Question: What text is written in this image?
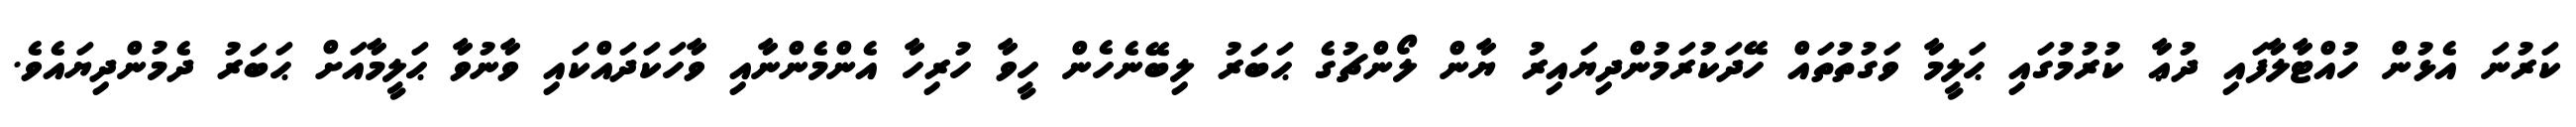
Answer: ކަރުނަ އެޅުން ހުއްޓާލާފައި ދުޢާ ކުރުމުގައި ޙަލީމާ ވަގުތުތައް ހޭދަކުރަމުންދިޔައިރު ޔާން ލޯންޗުގެ ޙަބަރު ލިބޭނެހެން ހީވާ ހުރިހާ އެންމެންނާއި ވާހަކަދައްކައި ވާނުވާ ޙަލީމާއަށް ޙަބަރު ދެމުންދިޔައެވެ.